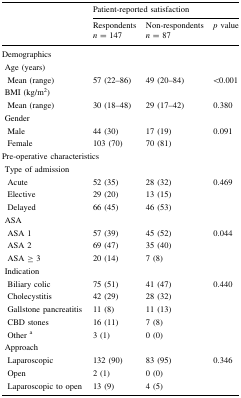
<table><thead><tr><td></td><td></td><td colspan="3"><b>Patient-reported satisfaction</b></td></tr><tr><td></td><td></td><td><b>Respondents <i>n</i> = 147</b></td><td><b>Non-respondents <i>n</i> = 87</b></td><td><b><i>p</i> value</b></td></tr></thead><tbody><tr><td colspan="5">Demographics</td></tr><tr><td colspan="5"> Age (years)</td></tr><tr><td colspan="2">Mean (range)</td><td>57 (22–86)</td><td>49 (20–84)</td><td>&lt;0.001</td></tr><tr><td colspan="2"> BMI (kg/m<sup>2</sup>)</td><td></td><td></td><td></td></tr><tr><td colspan="2">Mean (range)</td><td>30 (18–48)</td><td>29 (17–42)</td><td>0.380</td></tr><tr><td colspan="2"> Gender</td><td></td><td></td><td></td></tr><tr><td colspan="2">Male</td><td>44 (30)</td><td>17 (19)</td><td rowspan="2">0.091</td></tr><tr><td colspan="2">Female</td><td>103 (70)</td><td>70 (81)</td></tr><tr><td colspan="5">Pre-operative characteristics</td></tr><tr><td colspan="5"> Type of admission</td></tr><tr><td colspan="2">Acute</td><td>52 (35)</td><td>28 (32)</td><td>0.469</td></tr><tr><td colspan="2">Elective</td><td>29 (20)</td><td>13 (15)</td><td rowspan="2"></td></tr><tr><td colspan="2">Delayed</td><td>66 (45)</td><td>46 (53)</td></tr><tr><td colspan="2"> ASA</td><td></td><td></td><td></td></tr><tr><td colspan="2">ASA 1</td><td>57 (39)</td><td>45 (52)</td><td>0.044</td></tr><tr><td colspan="2">ASA 2</td><td>69 (47)</td><td>35 (40)</td><td rowspan="2"></td></tr><tr><td colspan="2">ASA ≥ 3</td><td>20 (14)</td><td>7 (8)</td></tr><tr><td colspan="2"> Indication</td><td></td><td></td><td></td></tr><tr><td colspan="2">Biliary colic</td><td>75 (51)</td><td>41 (47)</td><td>0.440</td></tr><tr><td colspan="2">Cholecystitis</td><td>42 (29)</td><td>28 (32)</td><td rowspan="4"></td></tr><tr><td colspan="2">Gallstone pancreatitis</td><td>11 (8)</td><td>11 (13)</td></tr><tr><td colspan="2">CBD stones</td><td>16 (11)</td><td>7 (8)</td></tr><tr><td colspan="2">Other <sup>a</sup></td><td>3 (1)</td><td>0 (0)</td></tr><tr><td colspan="2"> Approach</td><td></td><td></td><td></td></tr><tr><td colspan="2">Laparoscopic</td><td>132 (90)</td><td>83 (95)</td><td>0.346</td></tr><tr><td colspan="2">Open</td><td>2 (1)</td><td>0 (0)</td><td rowspan="2"></td></tr><tr><td colspan="2">Laparoscopic to open</td><td>13 (9)</td><td>4 (5)</td></tr></tbody></table>